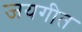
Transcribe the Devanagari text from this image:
जयगीत